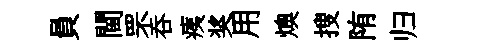
員閫罘吞痍奖用燠搜陏归